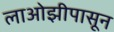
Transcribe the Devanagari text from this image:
लाओझीपासून